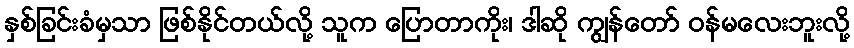
နှစ်ခြင်းခံမှသာ ဖြစ်နိုင်တယ်လို့ သူက ပြောတာကိုး၊ ဒါဆို ကျွန်တော် ဝန်မလေးဘူးလို့